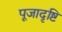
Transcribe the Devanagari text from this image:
पूजादृष्टि